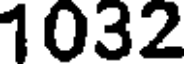
1032